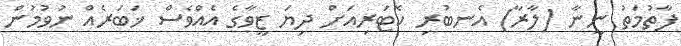
ފާތުމަތު ނީނާ (ލާރާ) އެނބުރި ކޮޓަރިއަށް ދިޔަ ޒީވާގެ އެއްވެސް ޚަބަރެއް ނުވުމުން